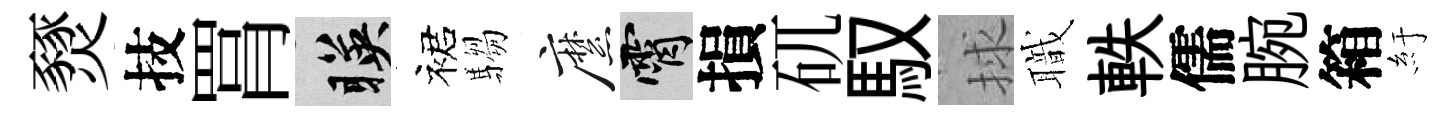
燹技罥暎裙騶縻霄損矹馭捄職軼儒腕箱紆